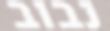
נבוב